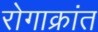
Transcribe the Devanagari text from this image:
रोगाक्रांत